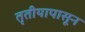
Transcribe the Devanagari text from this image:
तृतीयापासून